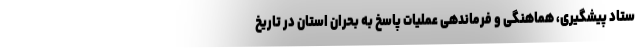
ستاد پیشگیری، هماهنگی و فرماندهی عملیات پاسخ به بحران استان در تاریخ